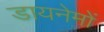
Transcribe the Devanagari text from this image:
डायनेमों